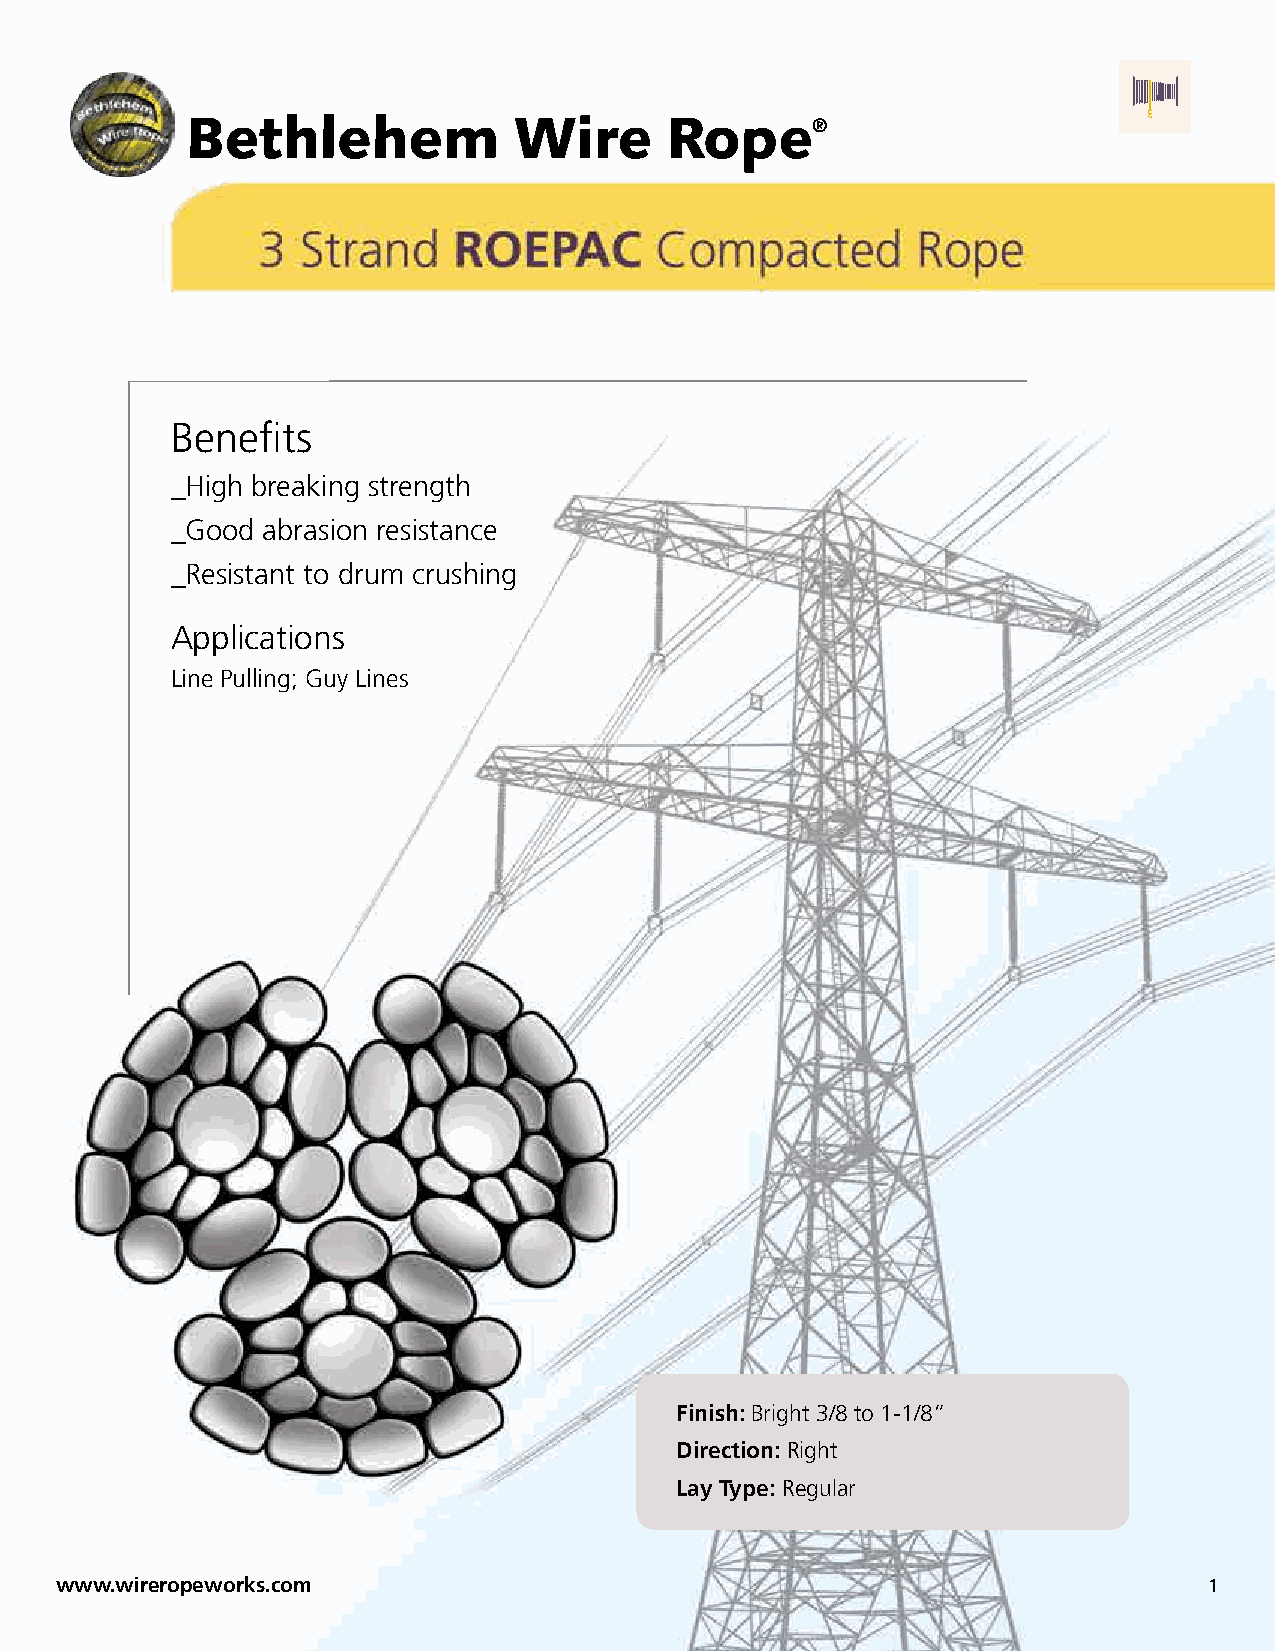
BBeetthhlleehheemm    WWiirree  RRooppee®®
 Benefits
 _High breaking strength
 _Good abrasion resistance
 _Resistant to drum crushing
 Applications
 Line Pulling; Guy Lines
 Finish: Bright 3/8 to 1-1/8”
 Direction: Right
 Lay Type: Regular
 www.wireropeworks.com                                                       1